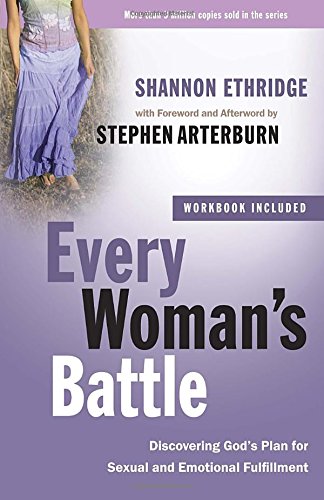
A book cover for Every Woman's Battle: Discovering God's Plan for Sexual and Emotional Fulfillment (The Every Man Series); Shannon Ethridge; Self-Help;